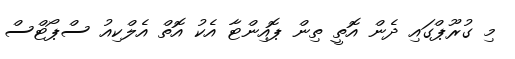
މި ގުރޫޕްގައި ދެން އޮތީ ތިން ޕޮއިންޓާ އެކު އޮތް އެލްކިއު ސްޕޯޓްސް